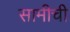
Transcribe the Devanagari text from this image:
सामीची